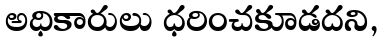
అధికారులు ధరించకూడదని,